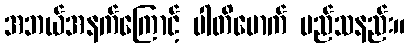
အဘယ်အနက်ကြောင့် ပါတိမောက် မည်သနည်း။